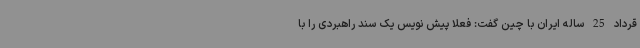
قرداد 25 ساله ایران با چین گفت: فعلا پیش نویس یک سند راهبردی را با